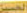
الحسيز